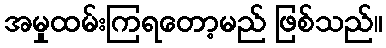
အမှုထမ်းကြရတော့မည် ဖြစ်သည်။